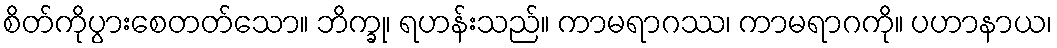
စိတ်ကိုပွားစေတတ်သော။ ဘိက္ခု၊ ရဟန်းသည်။ ကာမရာဂဿ၊ ကာမရာဂကို။ ပဟာနာယ၊